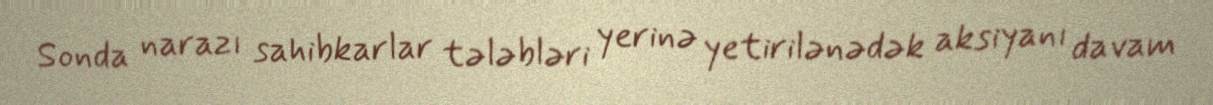
Sonda narazı sahibkarlar tələbləri yerinə yetirilənədək aksiyanı davam